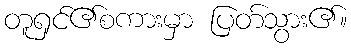
တူရှင်၏စကားမှာ ပြတ်သွား၏။